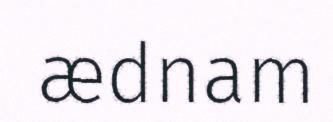
ædnam